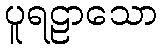
ပူရဠာသော